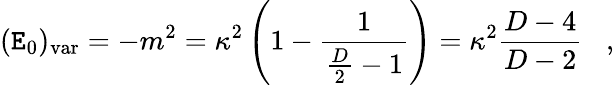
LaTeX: (\mathtt{E}_{0})_{\mathrm{{var}}}=-m^{2}=\kappa^{2}\left(1-{\frac{{1}}{{{\frac{{D}}{{2}}}-1}}}\right)=\kappa^{2}{\frac{{D-4}}{{D-2}}}\; \; \; ,